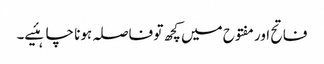
فاتح اور مفتوح میں کچھ تو فاصلہ ہونا چاہئیے۔